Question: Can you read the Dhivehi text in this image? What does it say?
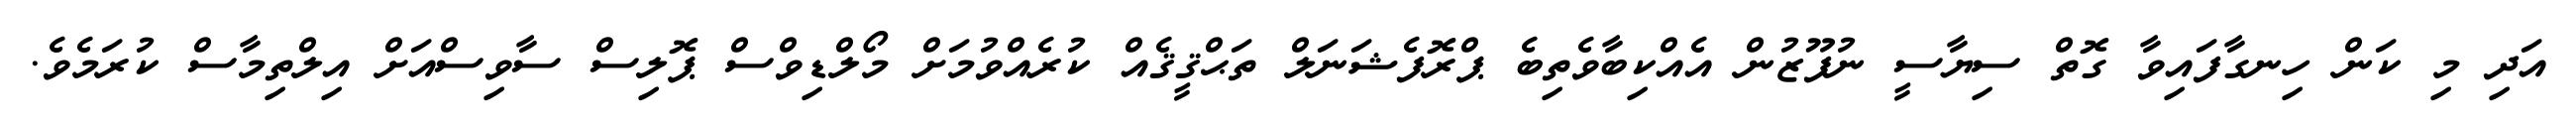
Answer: އަދި މި ކަން ހިނގާފައިވާ ގޮތް ސިޔާސީ ނުފޫޒުން އެއްކިބާވެތިބެ ޕްރޮފެޝަނަލް ތަޙްޤީޤެއް ކުރެއްވުމަށް މޯލްޑިވްސް ޕޮލިސް ސާވިސްއަށް އިލްތިމާސް ކުރަމެވެ.